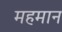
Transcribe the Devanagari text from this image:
महमान